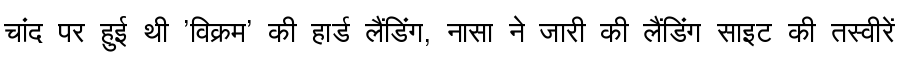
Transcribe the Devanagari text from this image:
चांद पर हुई थी 'विक्रम' की हार्ड लैंडिंग, नासा ने जारी की लैंडिंग साइट की तस्वीरें